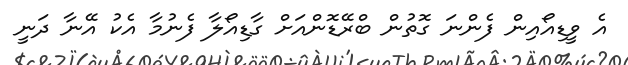
އެ ވީޑިއޯއިން ފެންނަ ގޮތުން ބްރޭޑޮންއަށް ގާޑިއޯލާ ފެނުމާ އެކު އޭނާ ދަނީ